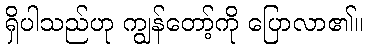
ရှိပါသည်ဟု ကျွန်တော့်ကို ပြောလာ၏။